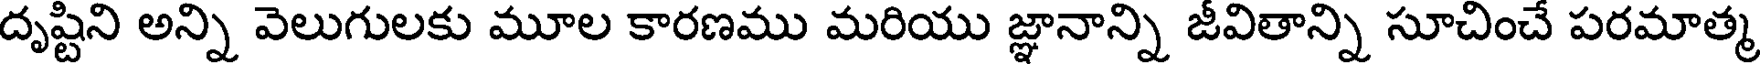
దృష్టిని అన్ని వెలుగులకు మూల కారణము మరియు జ్ఞానాన్ని జీవితాన్ని సూచించే పరమాత్మ